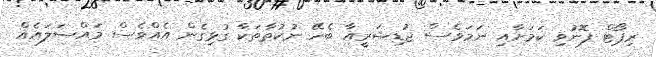
ރިޕޯޓް ފޮނުވި ކަމަށާއި ނަމަވެސް ޖުޑިޝަރީއާ ބެހޭ ނުކުތާތަކާ ގުޅިގެން އެއްވެސް މައްސަލައެއް